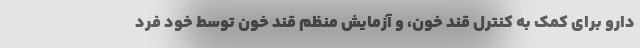
دارو برای کمک به کنترل قند خون، و آزمایش منظم قند خون توسط خود فرد